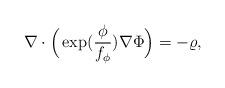
LaTeX: \begin{align*}\nabla\cdot\Big(\exp(\frac{\phi}{f_\phi})\nabla\Phi\Big)=-\varrho,\end{align*}